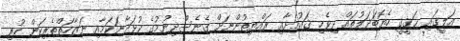
އަލީގައި ޙަޤީޤީ ހެޔޮބަދަލުތައް ދިވެހި ޤައުމަށާއި ރައްޔިތުންނަށް ގެނެސްދިނުމުގެ ކުޅަދާނަކަމާއި ނަޒާހަތްތެރިކަން ހުރި